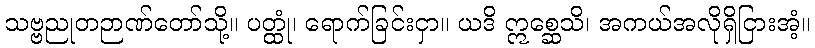
သဗ္ဗညုတဉာဏ်တော်သို့။ ပတ္ထုံ၊ ရောက်ခြင်းငှာ။ ယဒိ ဣစ္ဆေသိ၊ အကယ်အလိုရှိငြားအံ့။